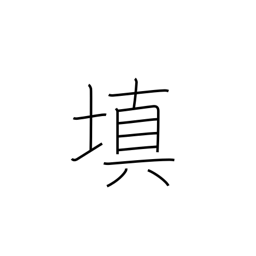
Meaning: fill in